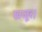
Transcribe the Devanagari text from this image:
खजूर।